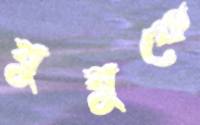
বুবুকে